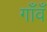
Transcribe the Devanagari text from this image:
गाँवँ